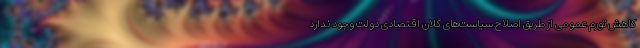
کاهش تورم عمومی از طریق اصلاح سیاست‌های کلان اقتصادی دولت وجود ندارد